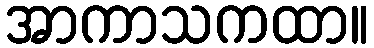
အာကာသကထာ။